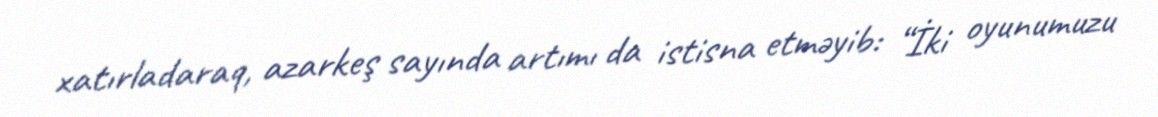
xatırladaraq, azarkeş sayında artımı da istisna etməyib: “İki oyunumuzu